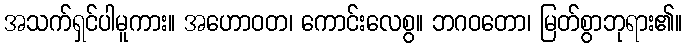
အသက်ရှင်ပါမူကား။ အဟောဝတ၊ ကောင်းလေစွ။ ဘဂဝတော၊ မြတ်စွာဘုရား၏။